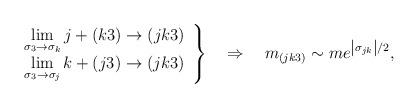
LaTeX: \begin{align*}\left. \begin{array}{c}\lim\limits_{\sigma _{3}\rightarrow \sigma _{k}}j+(k3)\rightarrow (jk3) \\ \lim\limits_{\sigma _{3}\rightarrow \sigma _{j}}k+(j3)\rightarrow (jk3)\end{array}\right\} \quad \Rightarrow \quad m_{(jk3)}\sim me^{\left| \sigma_{jk}\right| /2}, \end{align*}